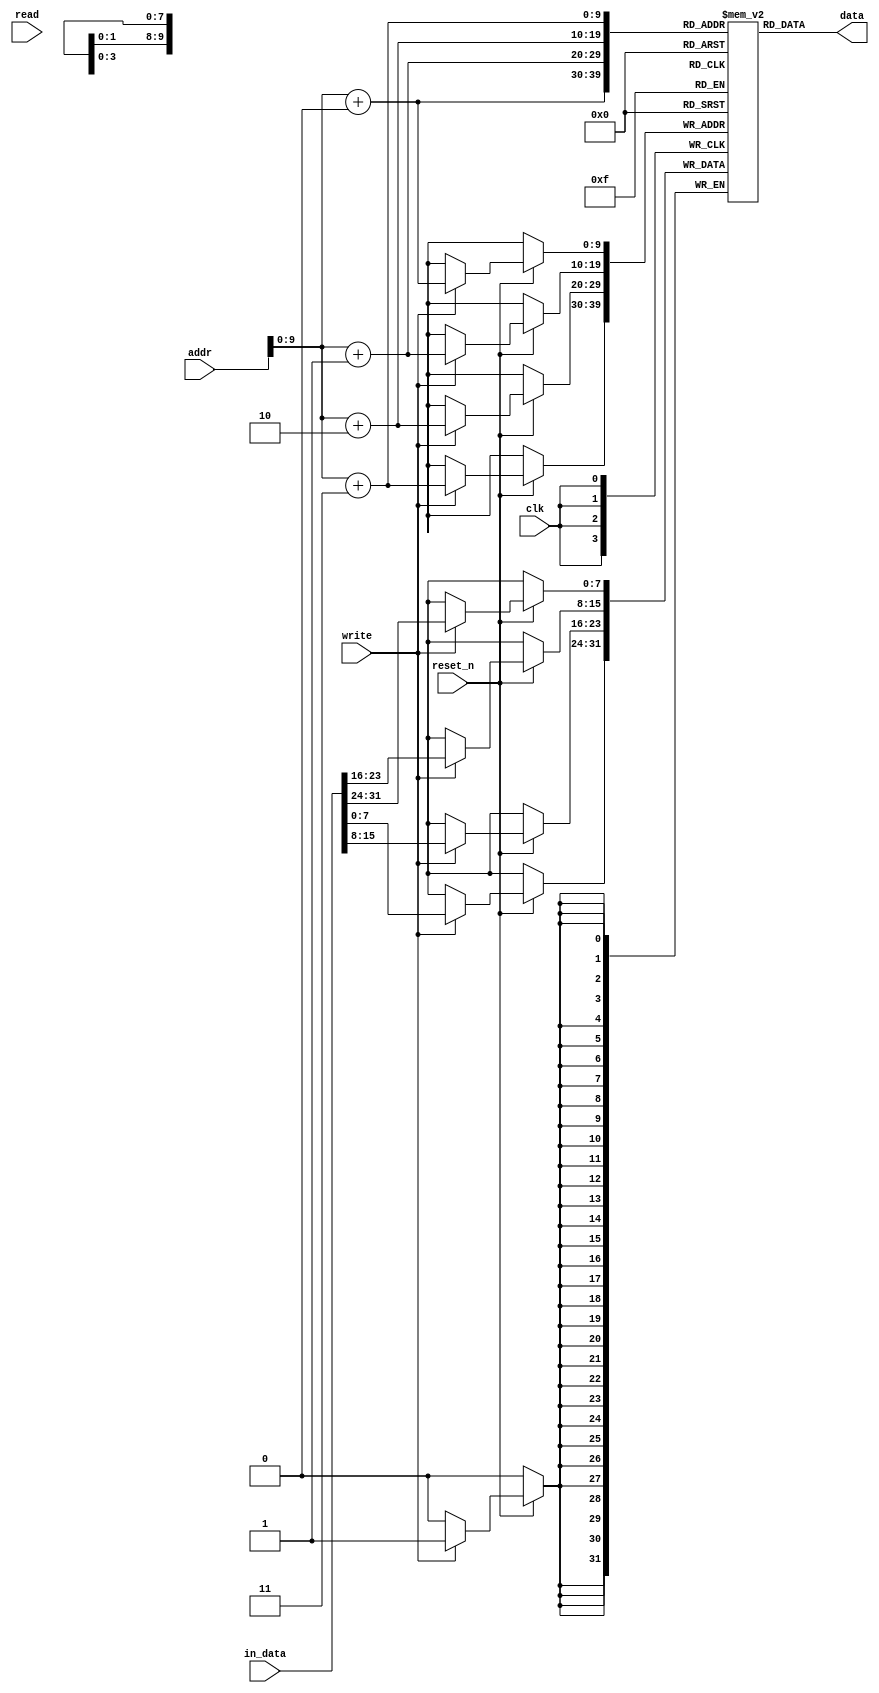
module DATAMEM(
    input reset_n,
    input clk,
    input read,
    input write,
    input [31:0] addr,
    input [31:0] in_data,
    output [31:0] data
);

reg [7:0] _data[1023:0];
wire [31:0] debug;
assign debug = {_data[8], _data[9], _data[10], _data[11]};

always @(posedge clk) begin
    if(!reset_n) begin
    end
    else begin
        if(write) begin
            _data[addr + 0] <= in_data[31:24];
            _data[addr + 1] <= in_data[23:16];
            _data[addr + 2] <= in_data[15:8];
            _data[addr + 3] <= in_data[7:0];
        end
    end
end

assign data = {
    _data[addr + 0],
    _data[addr + 1],
    _data[addr + 2],
    _data[addr + 3]
};

endmodule